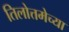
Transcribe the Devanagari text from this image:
तिलोत्तमेच्या